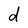
Character: d